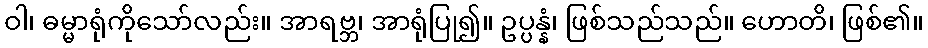
ဝါ၊ ဓမ္မာရုံကိုသော်လည်း။ အာရဗ္ဘ၊ အာရုံပြု၍။ ဥပ္ပန္နံ၊ ဖြစ်သည်သည်။ ဟောတိ၊ ဖြစ်၏။